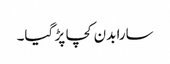
سارا بدن کچا پڑ گیا۔